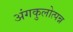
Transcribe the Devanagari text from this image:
अंगकुलोत्पन्न